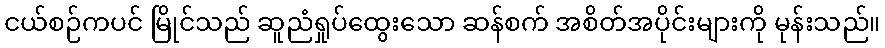
ငယ်စဉ်ကပင် မြိုင်သည် ဆူညံရှုပ်ထွေးသော ဆန်စက် အစိတ်အပိုင်းများကို မုန်းသည်။